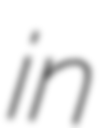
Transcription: in